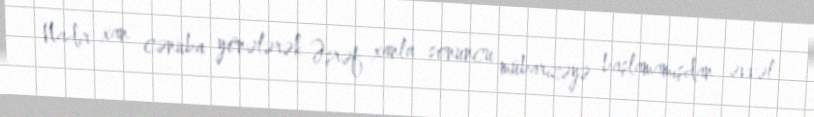
Nadir xan cənuba yönələrək Əşrəf xanla sonuncu mübarizəyə başlamamışdan əvvəl